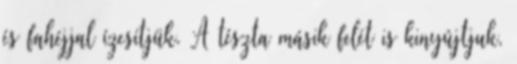
és fahéjjal ízesítjük. A tészta másik felét is kinyújtjuk,